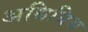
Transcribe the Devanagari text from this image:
अधियिम